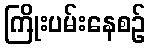
ကြိုးပမ်းနေစဉ်